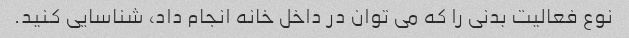
نوع فعالیت بدنی را که می توان در داخل خانه انجام داد، شناسایی کنید.